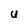
Character: U